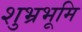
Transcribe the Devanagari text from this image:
शुभ्रभूमि